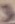
Text: 3